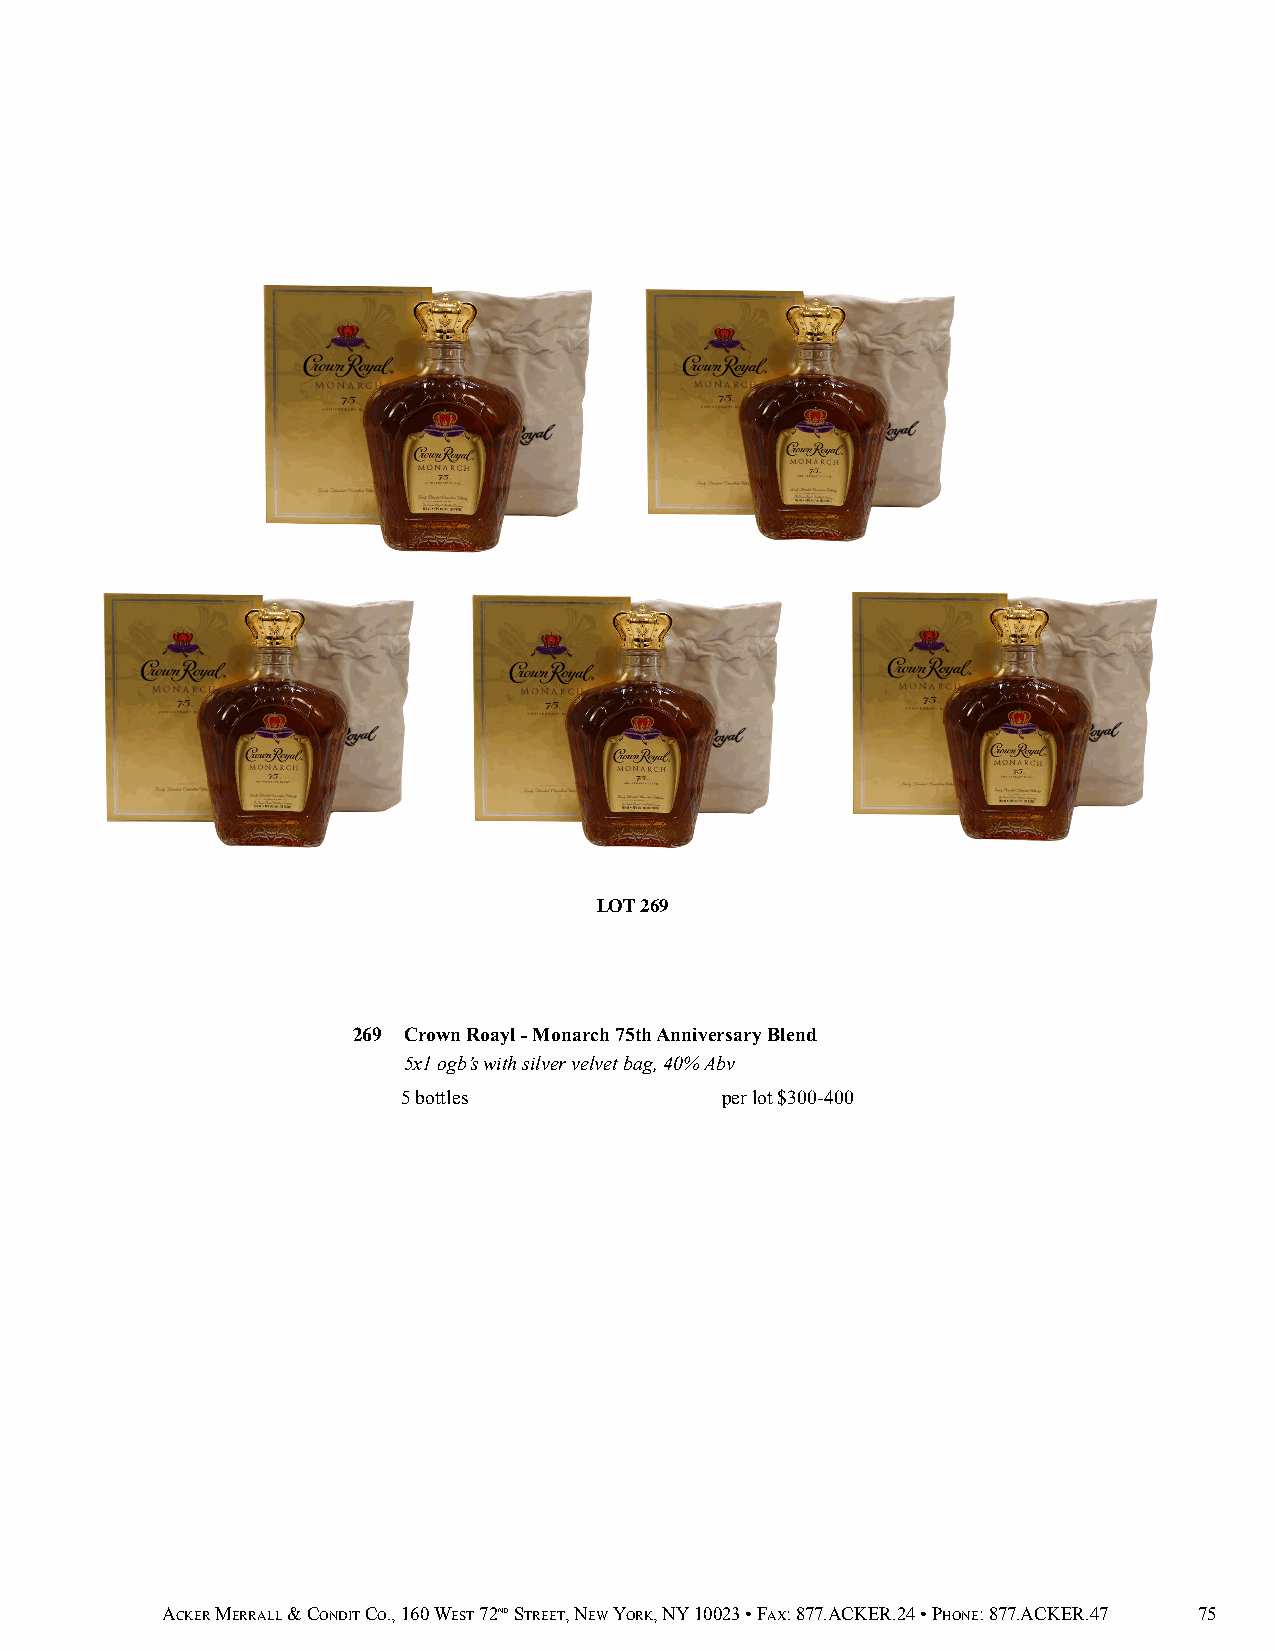
LOT 269
 269 Crown Roayl - Monarch 75th Anniversary Blend
 5x1 ogb’s with silver velvet bag, 40% Abv
 5 bottles            per lot $300-400
 ACKER MERRALL & CONDIT CO., 160 WEST 72ND STREET, NEW YORK, NY 10023 • FAX: 877.ACKER.24 • PHONE: 877.ACKER.47 75